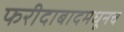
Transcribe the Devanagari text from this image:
फरीदाबादमधूनच